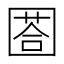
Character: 𡈐